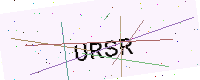
Text: URSR